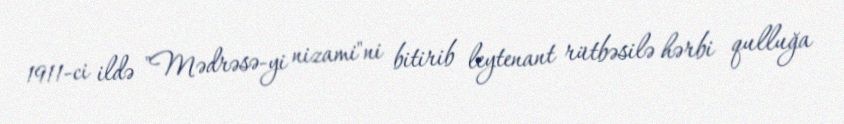
1911-ci ildə "Mədrəsə-yi nizami"ni bitirib leytenant rütbəsilə hərbi qulluğa